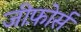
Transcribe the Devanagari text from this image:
जीफ़ोर्स